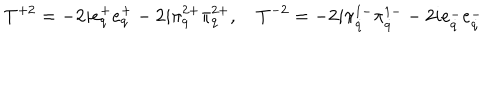
LaTeX: T ^ { + 2 } = - 2 i e _ { q } ^ { + } e _ { q } ^ { + } - 2 i \pi _ { q } ^ { 2 + } \pi _ { q } ^ { 2 + } , \quad T ^ { - 2 } = - 2 i \pi _ { \dot { q } } ^ { 1 - } \pi _ { \dot { q } } ^ { 1 - } - 2 i e _ { \dot { q } } ^ { - } e _ { \dot { q } } ^ { - }